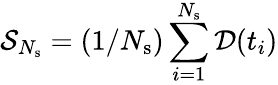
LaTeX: \mathcal{S}_{N_{\mathrm{s}}}=(1/N_{\mathrm{s}})\sum_{i=1}^{N_{\mathrm{s}}}\mathcal{D}(t_{i})